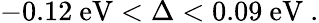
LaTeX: -0.12~\mathrm{eV}<\Delta<0.09~\mathrm{eV}\ .